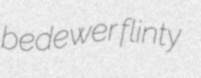
bedewer flinty